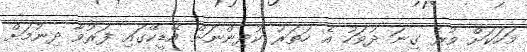
މަހަކަށް ވުރެ ގިނަ ދުވަހު އެ ހަތަރު ކުދިންނަށް އޭޑީކޭގައި ފަރުވާ ދިނުމަށް